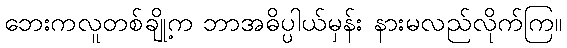
ဘေးကလူတစ်ချို့က ဘာအဓိပ္ပါယ်မှန်း နားမလည်လိုက်ကြ။